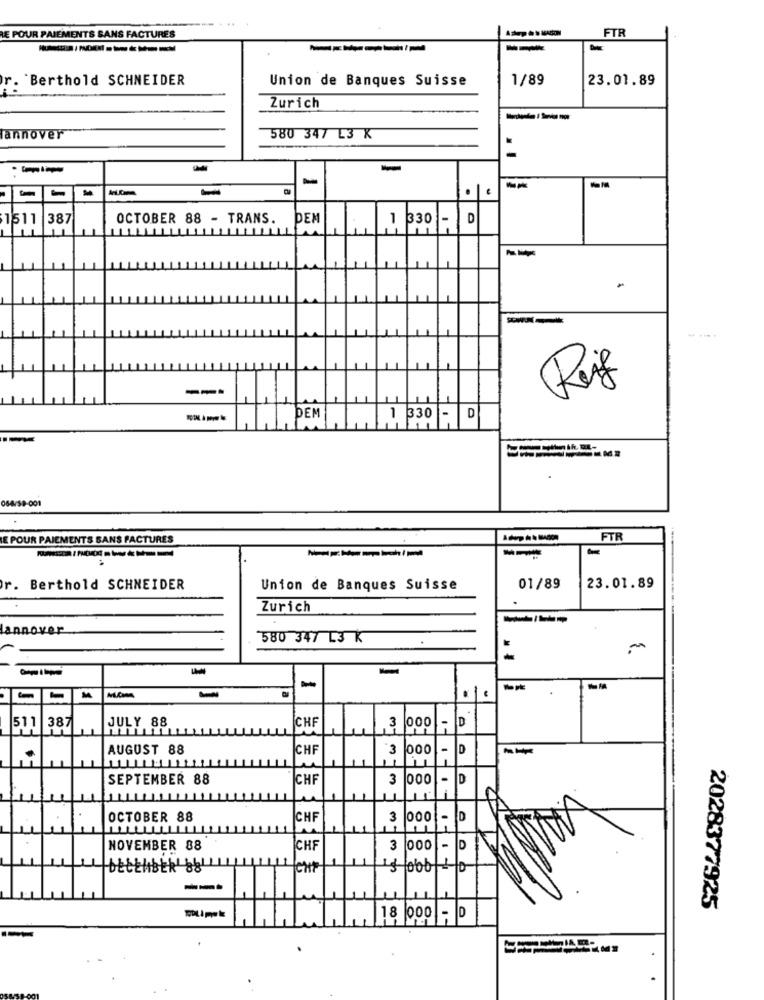
FTR
RE POUR PAIEMENTS SANS FACTURES
--------
--
r. Berthold SCHNEIDER
Union de Banques Suisse
1/89
23.01.89
Zurich
annover
580 347 L3 K
-
-
1511 387
OCTOBER 88 - TRANS.
DEM
1 330-
D
11
-
--
---
Rif
DEM
1 330 - D
064/59-001
E POUR PAIEMENTS SANS FACTURES
FTR
r. Berthold SCHNEIDER
Union de Banques Suisse
01/89
23.01.89
Zurich
lannover
580 347 L3 K
M
a
-
..
-
-
JULY 88
511 387
CHF
3
000 - D
AUGUST 88
CHF
3
000
- D
SEPTEMBER 88
CHF
3
1000
- D
OCTOBER 88
CHF
3
- D
NOVEMBER 88
CHF
3
D
CHP
---
2028377925
18
000